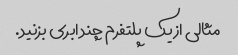
مثالی از یک پلتفرم چند ابری بزنید.